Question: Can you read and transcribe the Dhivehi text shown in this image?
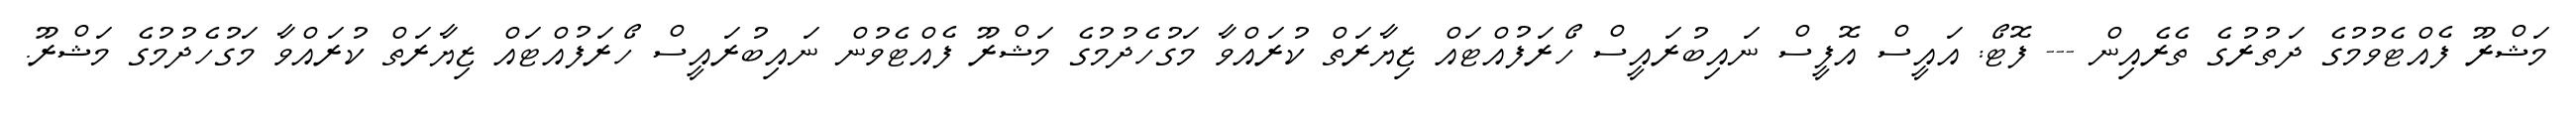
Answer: މަޝްރޫ ފެއްޓެވުމުގެ ދަތުރުގެ ތެރެއިން --- ފޮޓޯ: އައީސް އޮފީސް ނައިބުރައީސް ހޯރަފުއްޓައް ޒިޔާރަތް ކުރައްވާ މަގުހެދުމުގެ މަޝްރޫ ފެއްޓެވުން ނައިބުރައީސް ހޯރަފުއްޓައް ޒިޔާރަތް ކުރައްވާ މަގުހެދުމުގެ މަޝްރޫ.